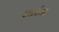
લાઇકા